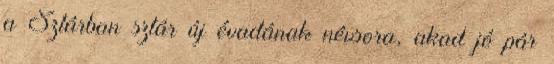
a Sztárban sztár új évadának névsora, akad jó pár